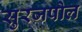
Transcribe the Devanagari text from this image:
सुरजपोल